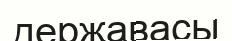
державасы